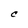
Character: C